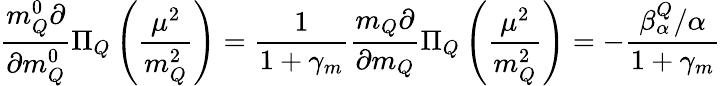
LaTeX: \frac{m_{Q}^{0}\partial}{\partial m_{Q}^{0}}\Pi_{Q}\left(\frac{\mu^{2}}{m_{Q}^{2}}\right)=\frac{1}{1+\gamma_{m}}\frac{m_{Q}\partial}{\partial m_{Q}}\Pi_{Q}\left(\frac{\mu^{2}}{m_{Q}^{2}}\right)=-\frac{\beta_{\alpha}^{Q}/\alpha}{1+\gamma_{m}}